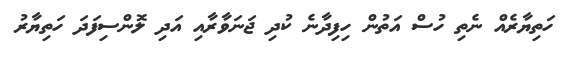
ހަތިޔާރެއް ނެތި ހުސް އަތުން ހިފިދާނެ ކުދި ޖަނަވާރާއި އަދި ލޮންސިފަދަ ހަތިޔާރު